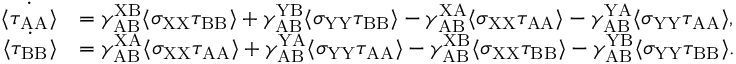
\begin{array} { r l } { \dot { \langle \tau _ { \mathrm { A A } } \rangle } } & { = \gamma _ { \mathrm { A B } } ^ { \mathrm { X B } } \langle \sigma _ { \mathrm { X X } } \tau _ { \mathrm { B B } } \rangle + \gamma _ { \mathrm { A B } } ^ { \mathrm { Y B } } \langle \sigma _ { \mathrm { Y Y } } \tau _ { \mathrm { B B } } \rangle - \gamma _ { \mathrm { A B } } ^ { \mathrm { X A } } \langle \sigma _ { \mathrm { X X } } \tau _ { \mathrm { A A } } \rangle - \gamma _ { \mathrm { A B } } ^ { \mathrm { Y A } } \langle \sigma _ { \mathrm { Y Y } } \tau _ { \mathrm { A A } } \rangle , } \\ { \dot { \langle \tau _ { \mathrm { B B } } \rangle } } & { = \gamma _ { \mathrm { A B } } ^ { \mathrm { X A } } \langle \sigma _ { \mathrm { X X } } \tau _ { \mathrm { A A } } \rangle + \gamma _ { \mathrm { A B } } ^ { \mathrm { Y A } } \langle \sigma _ { \mathrm { Y Y } } \tau _ { \mathrm { A A } } \rangle - \gamma _ { \mathrm { A B } } ^ { \mathrm { X B } } \langle \sigma _ { \mathrm { X X } } \tau _ { \mathrm { B B } } \rangle - \gamma _ { \mathrm { A B } } ^ { \mathrm { Y B } } \langle \sigma _ { \mathrm { Y Y } } \tau _ { \mathrm { B B } } \rangle . } \end{array}